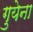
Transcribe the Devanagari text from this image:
गुयेना